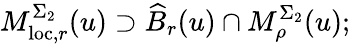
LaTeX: M_{\mathrm{loc},r}^{\Sigma_{2}}(u)\supset\widehat{B}_{r}(u)\cap M_{\rho}^{\Sigma_{2}}(u);